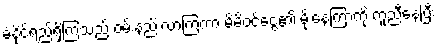
ခံနိုင်ရည်ရှိကြသည် ဝမ်းနည်းလာကြကာ မိမိဝင်ငွေ၏ မိုးနေကြာကို ကူညီနေပြီး